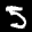
Label: 5